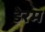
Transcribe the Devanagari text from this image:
डेरम